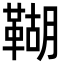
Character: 䩴